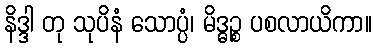
နိဒ္ဒါ တု သုပိနံ သောပ္ပံ၊ မိဒ္ဓဉ္စ ပစလာယိကာ။